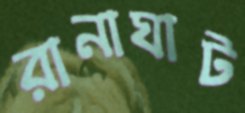
রানাঘাট